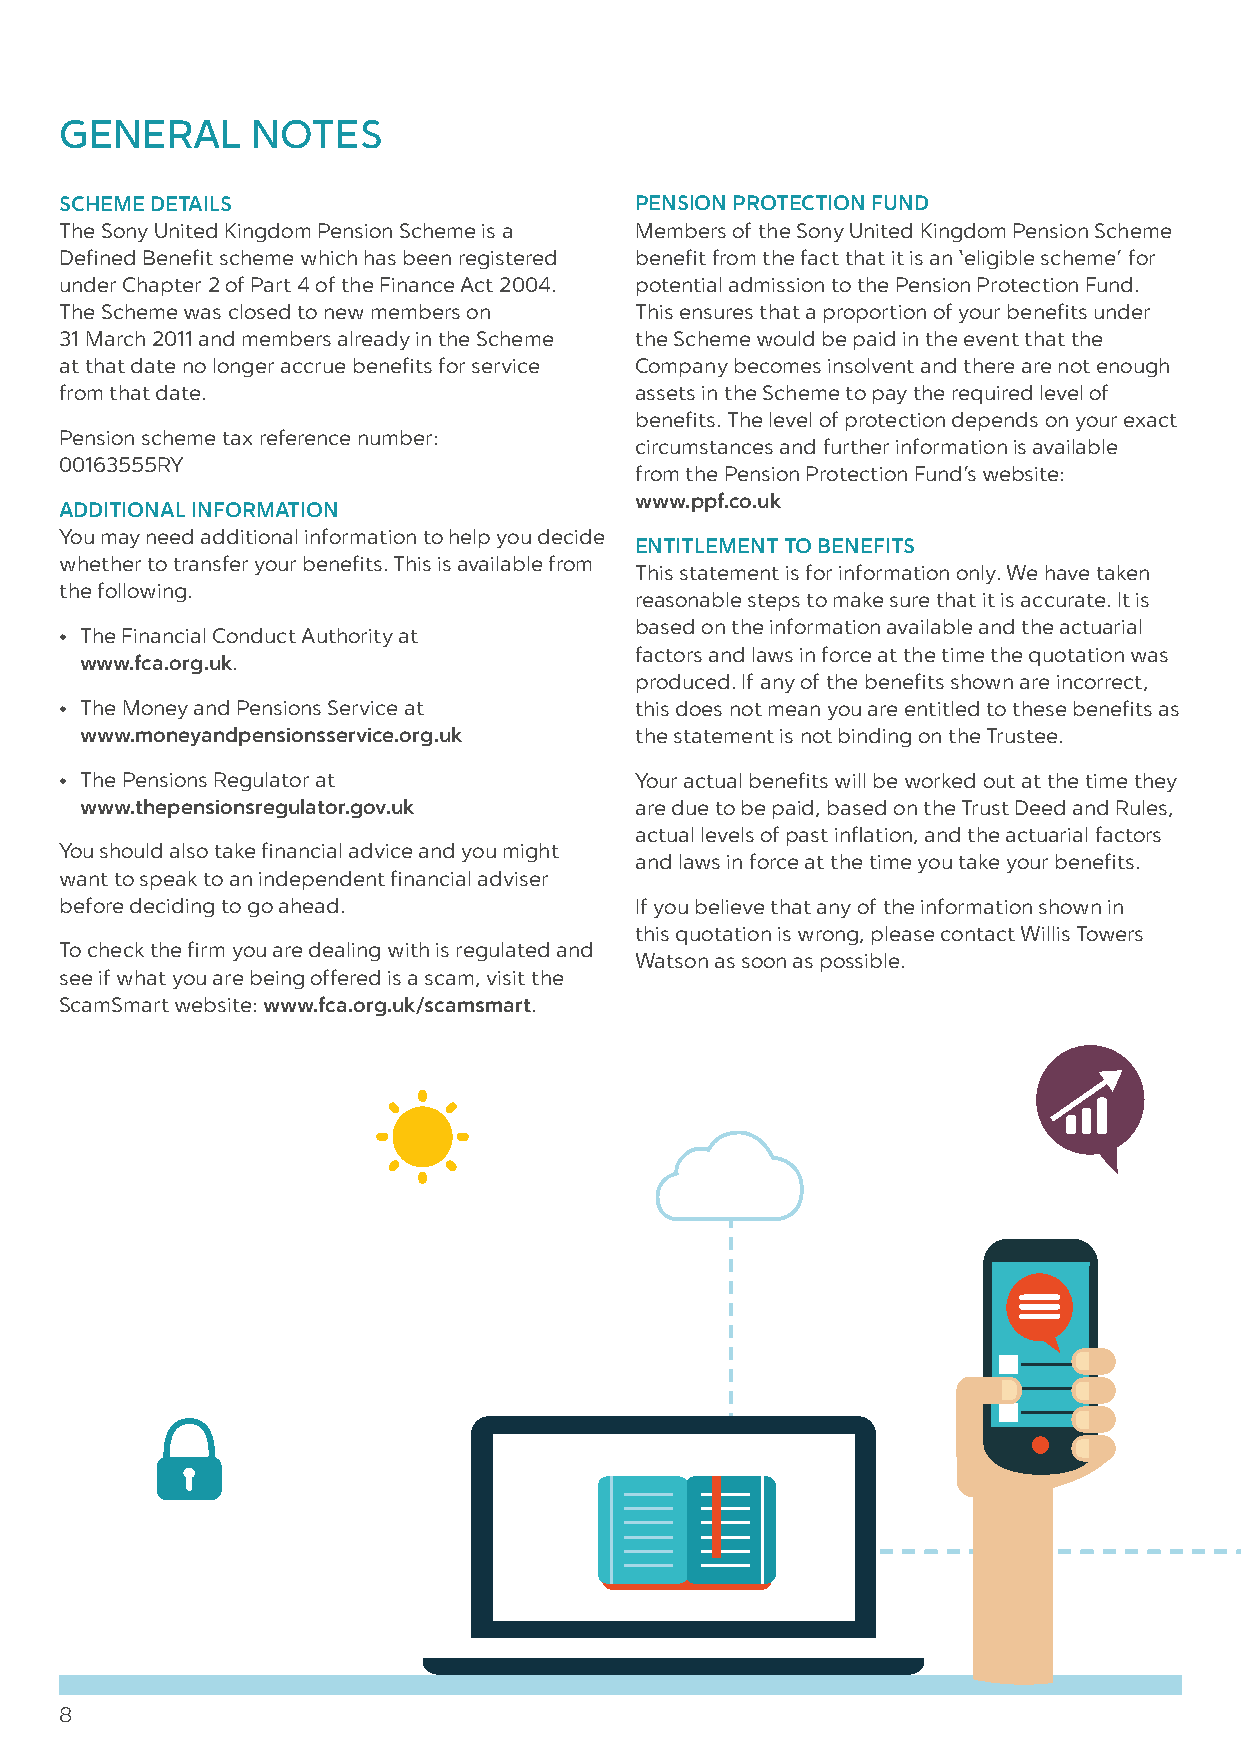
GENERAL      NOTES
 SCHEME DETAILS                        PENSION PROTECTION FUND
 The Sony United Kingdom Pension Scheme is a Members of the Sony United Kingdom Pension Scheme
 Defined Benefit scheme which has been registered benefit from the fact that it is an ‘eligible scheme’ for
 under Chapter 2 of Part 4 of the Finance Act 2004. potential admission to the Pension Protection Fund.
 The Scheme was closed to new members on This ensures that a proportion of your benefits under
 31 March 2011 and members already in the Scheme the Scheme would be paid in the event that the
 at that date no longer accrue benefits for service Company becomes insolvent and there are not enough
 from that date.                       assets in the Scheme to pay the required level of
 benefits. The level of protection depends on your exact
 Pension scheme tax reference number:
 circumstances and further information is available
 00163555RY
 from the Pension Protection Fund’s website:
 www.ppf.co.uk
 ADDITIONAL INFORMATION
 You may need additional information to help you decide
 ENTITLEMENT TO BENEFITS
 whether to transfer your benefits. This is available from
 This statement is for information only. We have taken
 the following.
 reasonable steps to make sure that it is accurate. It is
 based on the information available and the actuarial
 • The Financial Conduct Authority at
 factors and laws in force at the time the quotation was
 www.fca.org.uk.
 produced. If any of the benefits shown are incorrect,
 • The Money and Pensions Service at   this does not mean you are entitled to these benefits as
 www.moneyandpensionsservice.org.uk   the statement is not binding on the Trustee.
 • The Pensions Regulator at           Your actual benefits will be worked out at the time they
 www.thepensionsregulator.gov.uk      are due to be paid, based on the Trust Deed and Rules,
 actual levels of past inflation, and the actuarial factors
 You should also take financial advice and you might
 and laws in force at the time you take your benefits.
 want to speak to an independent financial adviser
 before deciding to go ahead.          If you believe that any of the information shown in
 this quotation is wrong, please contact Willis Towers
 To check the firm you are dealing with is regulated and
 Watson as soon as possible.
 see if what you are being offered is a scam, visit the
 ScamSmart website: www.fca.org.uk/scamsmart.
 8